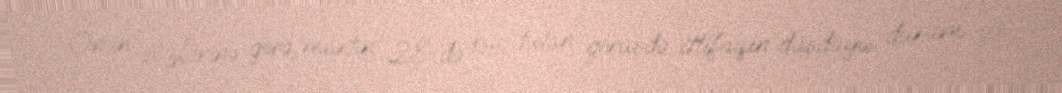
Onun sözlərinə görə, martın 28-də baş tutan görüşdə ittifaqın düşdüyü durum və